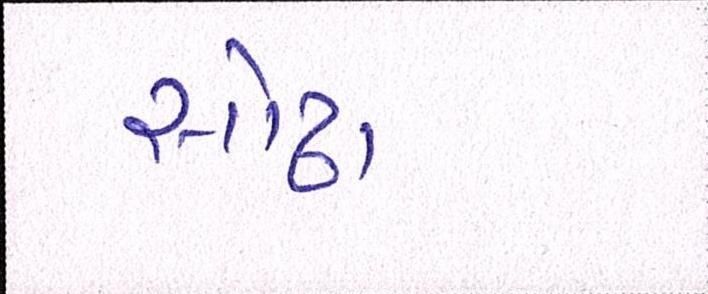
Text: સોઢા